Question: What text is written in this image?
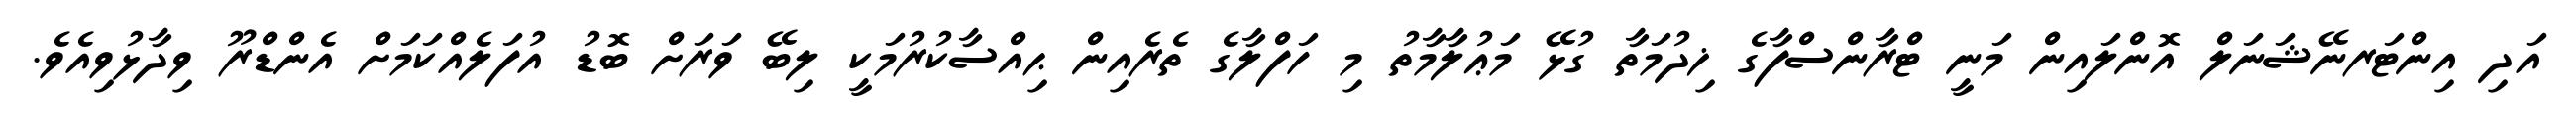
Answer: އަދި އިންޓަރނޭޝަނަލް އޮންލައިން މަނީ ޓްރާންސްފާގެ ޚިދުމަތާ ގުޅޭ މަޢުލާމާތު މި ހަފްލާގެ ތެރެއިން ޙިއްސާކުރުމަކީ ލިބޭ ވަރަށް ބޮޑު އުފަލެއްކަމަށް އެންޑްރޫ ވިދާޅުވިއެވެ.